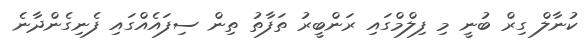
ކުނާލް ގިރް ބުނީ މި ފިލްމްގައި ރަންބީރު ތަފާތު ތިން ސިފައެއްގައި ފެނިގެންދާނެ